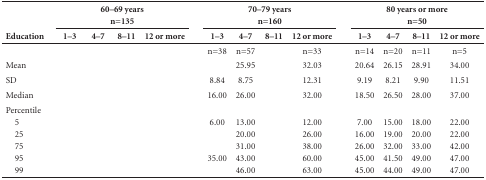
<table><thead><tr><td rowspan="2"><b>Education</b></td><td colspan="4"><b>60-69 yearsn=135</b></td><td rowspan="2">[EMPTY_CELL]</td><td colspan="4"><b>70-79 yearsn=160</b></td><td rowspan="2">[EMPTY_CELL]</td><td colspan="4"><b>80 years or moren=50</b></td></tr><tr><td><b>1-3 </b></td><td><b>4-7 </b></td><td><b>8-11 </b></td><td><b>12 or more </b></td><td><b>1-3 </b></td><td><b>4-7 </b></td><td><b>8-11 </b></td><td><b>12 or more </b></td><td><b>1-3 </b></td><td><b>4-7 </b></td><td><b>8-11 </b></td><td><b>12 or more </b></td></tr></thead><tbody><tr><td>[EMPTY_CELL]</td><td>[EMPTY_CELL]</td><td>[EMPTY_CELL]</td><td>[EMPTY_CELL]</td><td>[EMPTY_CELL]</td><td>[EMPTY_CELL]</td><td>n=38</td><td>n=57</td><td>[EMPTY_CELL]</td><td>n=33</td><td>[EMPTY_CELL]</td><td>n=14</td><td>n=20</td><td>n=11</td><td>n=5</td></tr><tr><td>Mean</td><td>[EMPTY_CELL]</td><td>[EMPTY_CELL]</td><td>[EMPTY_CELL]</td><td>[EMPTY_CELL]</td><td>[EMPTY_CELL]</td><td>[EMPTY_CELL]</td><td>25.95</td><td>[EMPTY_CELL]</td><td>32.03</td><td>[EMPTY_CELL]</td><td>20.64</td><td>26.15</td><td>28.91</td><td>34.00</td></tr><tr><td>SD</td><td>[EMPTY_CELL]</td><td>[EMPTY_CELL]</td><td>[EMPTY_CELL]</td><td>[EMPTY_CELL]</td><td>[EMPTY_CELL]</td><td>8.84</td><td>8.75</td><td>[EMPTY_CELL]</td><td>12.31</td><td>[EMPTY_CELL]</td><td>9.19</td><td>8.21</td><td>9.90</td><td>11.51</td></tr><tr><td>Median</td><td>[EMPTY_CELL]</td><td>[EMPTY_CELL]</td><td>[EMPTY_CELL]</td><td>[EMPTY_CELL]</td><td>[EMPTY_CELL]</td><td>16.00</td><td>26.00</td><td>[EMPTY_CELL]</td><td>32.00</td><td>[EMPTY_CELL]</td><td>18.50</td><td>26.50</td><td>28.00</td><td>37.00</td></tr><tr><td>Percentile</td><td>[EMPTY_CELL]</td><td>[EMPTY_CELL]</td><td>[EMPTY_CELL]</td><td>[EMPTY_CELL]</td><td>[EMPTY_CELL]</td><td>[EMPTY_CELL]</td><td>[EMPTY_CELL]</td><td>[EMPTY_CELL]</td><td>[EMPTY_CELL]</td><td>[EMPTY_CELL]</td><td>[EMPTY_CELL]</td><td>[EMPTY_CELL]</td><td>[EMPTY_CELL]</td><td>[EMPTY_CELL]</td></tr><tr><td>5</td><td>[EMPTY_CELL]</td><td>[EMPTY_CELL]</td><td>[EMPTY_CELL]</td><td>[EMPTY_CELL]</td><td>[EMPTY_CELL]</td><td>6.00</td><td>13.00</td><td>[EMPTY_CELL]</td><td>12.00</td><td>[EMPTY_CELL]</td><td>7.00</td><td>15.00</td><td>18.00</td><td>22.00</td></tr><tr><td>25</td><td>[EMPTY_CELL]</td><td>[EMPTY_CELL]</td><td>[EMPTY_CELL]</td><td>[EMPTY_CELL]</td><td>[EMPTY_CELL]</td><td>[EMPTY_CELL]</td><td>20.00</td><td>[EMPTY_CELL]</td><td>26.00</td><td>[EMPTY_CELL]</td><td>16.00</td><td>19.00</td><td>20.00</td><td>22.00</td></tr><tr><td>75</td><td>[EMPTY_CELL]</td><td>[EMPTY_CELL]</td><td>[EMPTY_CELL]</td><td>[EMPTY_CELL]</td><td>[EMPTY_CELL]</td><td>[EMPTY_CELL]</td><td>31.00</td><td>[EMPTY_CELL]</td><td>38.00</td><td>[EMPTY_CELL]</td><td>26.00</td><td>32.00</td><td>33.00</td><td>42.00</td></tr><tr><td>95</td><td>[EMPTY_CELL]</td><td>[EMPTY_CELL]</td><td>[EMPTY_CELL]</td><td>[EMPTY_CELL]</td><td>[EMPTY_CELL]</td><td>35.00</td><td>43.00</td><td>[EMPTY_CELL]</td><td>60.00</td><td>[EMPTY_CELL]</td><td>45.00</td><td>41.50</td><td>49.00</td><td>47.00</td></tr><tr><td>99</td><td>[EMPTY_CELL]</td><td>[EMPTY_CELL]</td><td>[EMPTY_CELL]</td><td>[EMPTY_CELL]</td><td>[EMPTY_CELL]</td><td>[EMPTY_CELL]</td><td>46.00</td><td>[EMPTY_CELL]</td><td>63.00</td><td>[EMPTY_CELL]</td><td>45.00</td><td>44.00</td><td>49.00</td><td>47.00</td></tr></tbody></table>